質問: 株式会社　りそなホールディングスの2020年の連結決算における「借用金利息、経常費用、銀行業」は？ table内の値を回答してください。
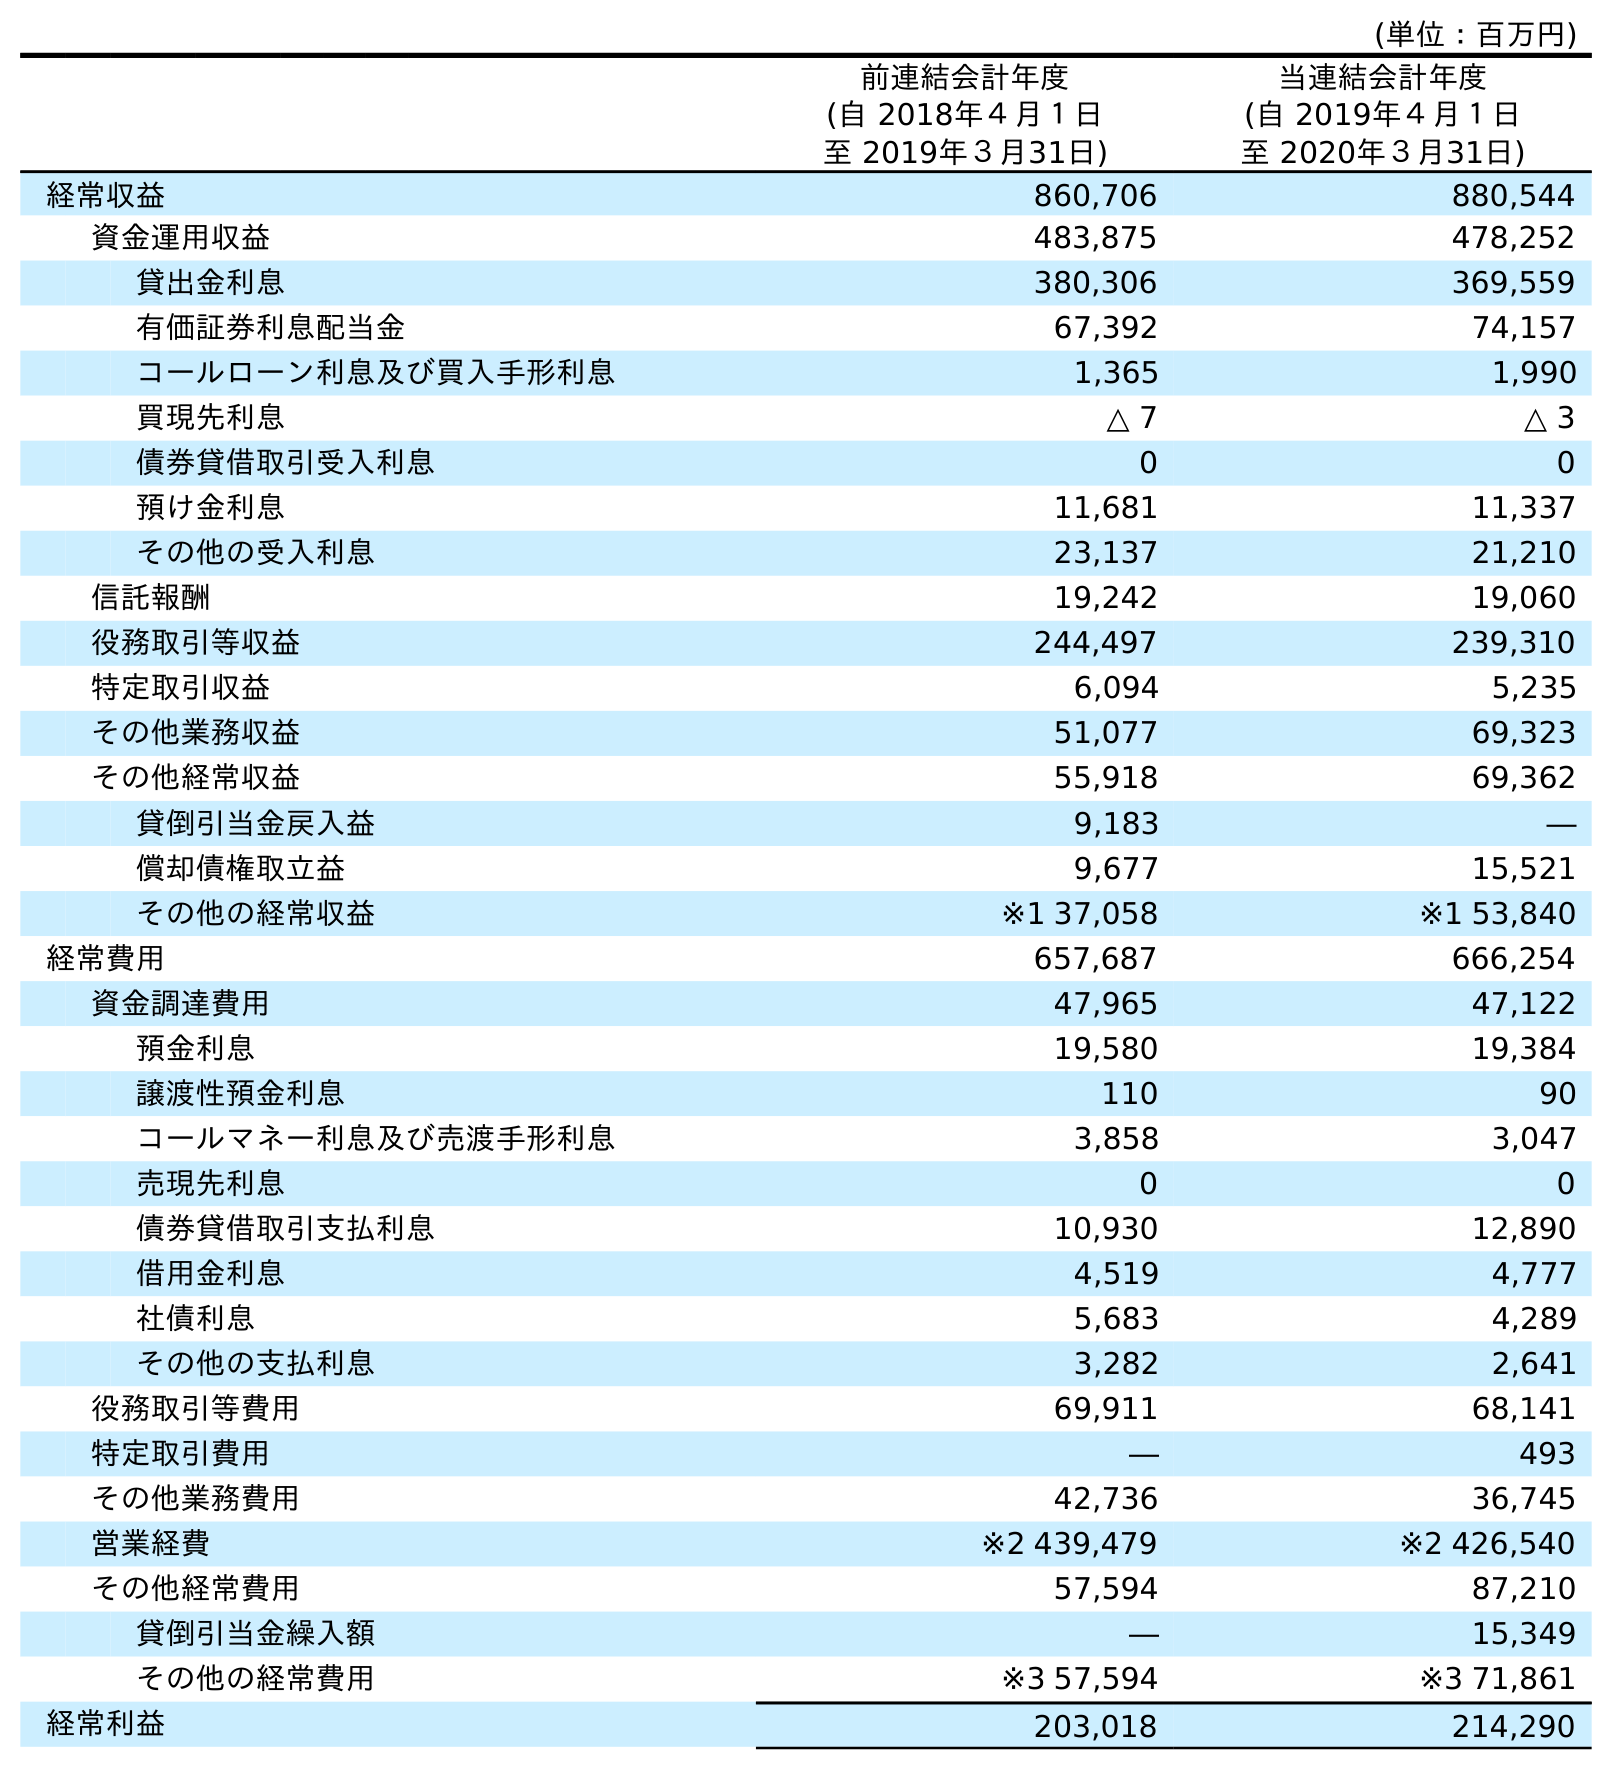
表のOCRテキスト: (単位：百万円) 前連結会計年度 (自 2018年４月１日 至 2019年３月31日) 当連結会計年度 (自 2019年４月１日 至 2020年３月31日) 経常収益 860,706 880,544 資金運用収益 483,875 478,252 貸出金利息 380,306 369,559 有価証券利息配当金 67,392 74,157 コールローン利息及び買入手形利息 1,365 1,990 買現先利息 △ 7 △ 3 債券貸借取引受入利息 0 0 預け金利息 11,681 11,337 その他の受入利息 23,137 21,210 信託報酬 19,242 19,060 役務取引等収益 244,497 239,310 特定取引収益 6,094 5,235 その他業務収益 51,077 69,323 その他経常収益 55,918 69,362 貸倒引当金戻入益 9,183 ― 償却債権取立益 9,677 15,521 その他の経常収益 ※1 37,058 ※1 53,840 経常費用 657,687 666,254 資金調達費用 47,965 47,122 預金利息 19,580 19,384 譲渡性預金利息 110 90 コールマネー利息及び売渡手形利息 3,858 3,047 売現先利息 0 0 債券貸借取引支払利息 10,930 12,890 借用金利息 4,519 4,777 社債利息 5,683 4,289 その他の支払利息 3,282 2,641 役務取引等費用 69,911 68,141 特定取引費用 ― 493 その他業務費用 42,736 36,745 営業経費 ※2 439,479 ※2 426,540 その他経常費用 57,594 87,210 貸倒引当金繰入額 ― 15,349 その他の経常費用 ※3 57,594 ※3 71,861 経常利益 203,018 214,290
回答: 4,777